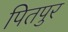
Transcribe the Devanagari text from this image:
पितपुर